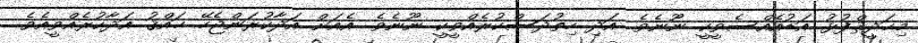
މިޙަދީޘްފުޅު އަޑުއެއްސެވީކީ ނޫނެވެ. އަދި ހިތުދަސްކުރެއްވީކީ ނޫނެވެ. އެއަށް އަދާކުރަންޖެހޭ ޙައްޤު އަދާކުރެއްވީއެވެ.